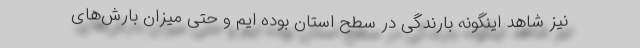
نیز شاهد اینگونه بارندگی در سطح استان بوده ایم و حتی میزان بارش‌های